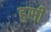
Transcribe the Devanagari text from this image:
हुसी